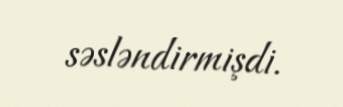
səsləndirmişdi.